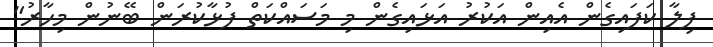
ފިލާ ކަފައިގެން އެއިން އަކުރު އަޅައިގެން މި މަސައްކަތް ފުޅާކުރަން ބޭނުން މިހާރު"